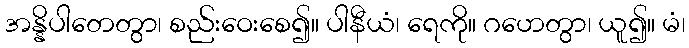
အန္နိပါတေတွာ၊ စည်းဝေးစေ၍။ ပါနီယံ၊ ရေကို။ ဂဟေတွာ၊ ယူ၍။ မံ၊